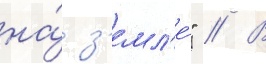
на́ з'емл'е́" // В